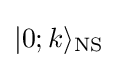
|0;k\rangle _{\text{NS}}